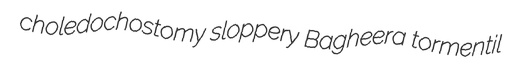
choledochostomy sloppery Bagheera tormentil